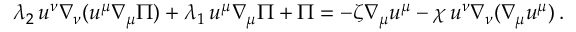
\lambda _ { 2 } \, u ^ { \nu } \nabla _ { \nu } ( u ^ { \mu } \nabla _ { \mu } \Pi ) + \lambda _ { 1 } \, u ^ { \mu } \nabla _ { \mu } \Pi + \Pi = - \zeta \nabla _ { \mu } u ^ { \mu } - \chi \, u ^ { \nu } \nabla _ { \nu } ( \nabla _ { \mu } u ^ { \mu } ) \, .